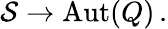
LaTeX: {\cal S}\to\mathrm{Aut}(Q)\, .